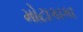
મોટાકાકા